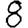
Digit: 8